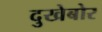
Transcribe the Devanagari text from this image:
दुखेबोर